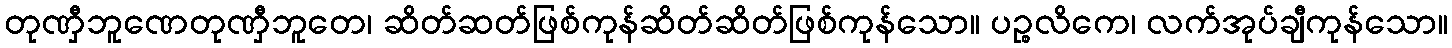
တုဏှီဘူဏေတုဏှီဘူတေ၊ ဆိတ်ဆတ်ဖြစ်ကုန်ဆိတ်ဆိတ်ဖြစ်ကုန်သော။ ပဉ္စလိကေ၊ လက်အုပ်ချီကုန်သော။